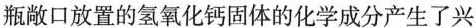
瓶敞口放置的氢氧化钙固体的化学成分产生了兴